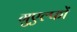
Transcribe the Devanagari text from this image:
गुएल्फों